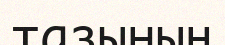
тазының